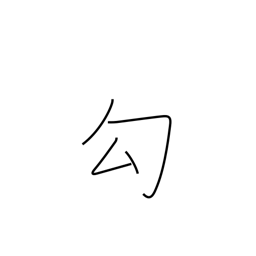
Meaning: capture